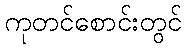
ကုတင်စောင်းတွင်